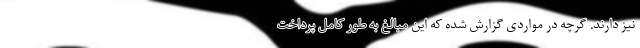
نیز دارند. گرچه در مواردی گزارش شده که این مبالغ به طور کامل پرداخت